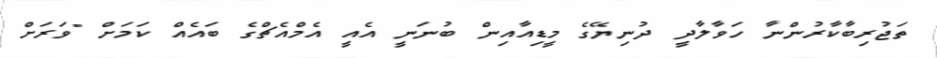
ތަޖުރިބާކާރުންނާ ހަވާލާދީ ދުނިޔޭގެ މީޑިއާއިން ބުނަނީ އެއީ އެމްއެޗްގެ ބައެއް ކަމަށް "ވަރަށް